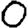
Digit: 0